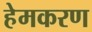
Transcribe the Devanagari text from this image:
हेमकरण